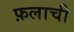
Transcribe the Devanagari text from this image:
फ़लाची